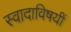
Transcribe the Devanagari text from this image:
स्वादाविषयीं